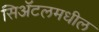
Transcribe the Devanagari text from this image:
सिॲटलमधील